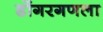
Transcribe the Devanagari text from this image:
डोंगरगणला